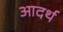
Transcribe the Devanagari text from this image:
आदर्थ